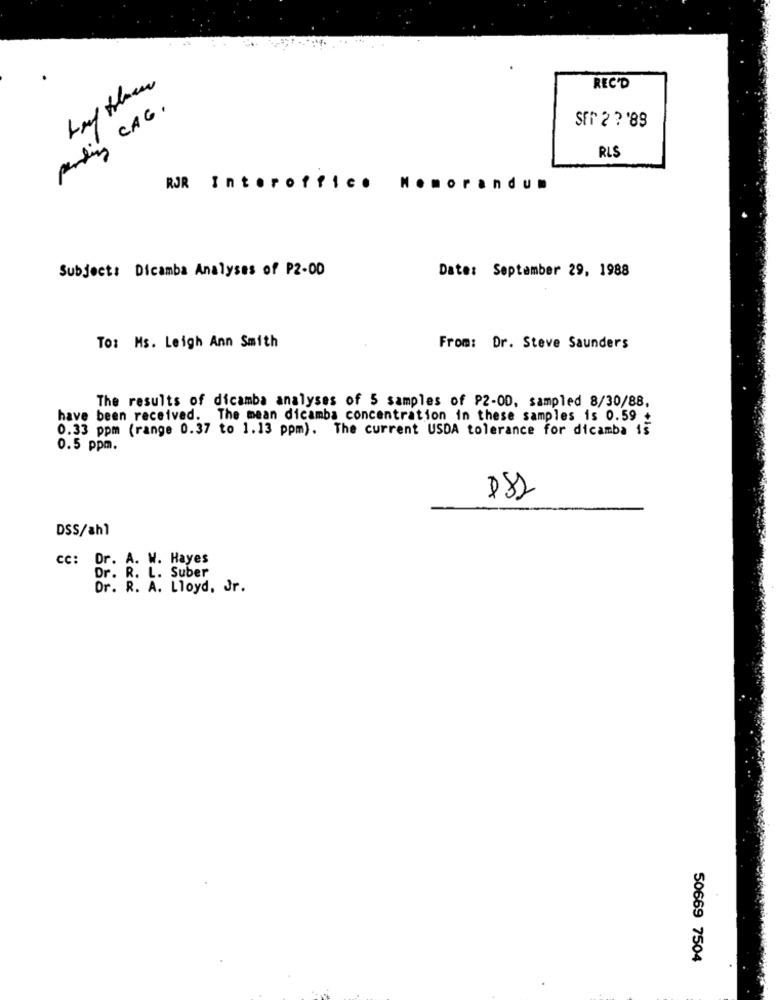
REC'D
Pending CAG.
SET 2 ?'89
RLS
RJR Interoffic
.morandum
Subject: Dicamba Analyses of P2-00
Date: September 29, 1988
To: Ms. Leigh Ann Smith
From: Dr. Steve Saunders
The results of dicamba analyses of 5 samples of P2-OD, sampled 8/30/88.
have been received. The mean dicamba concentration in these samples is 0.59 +
0.33 ppm (range 0.37 to 1.13 ppm). The current USDA tolerance for dicamba is
0.5 ppm.
182
DSS/ahl
cc: Dr. A. W. Hayes
Dr. R. L. Suber
Dr. R. A. Lloyd, Jr.
50669 7504